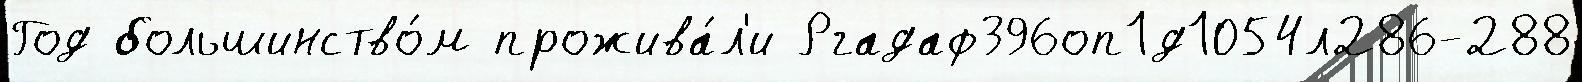
Год большинство́м прожива́л'и Ргадаф396оп1д1054л286-288